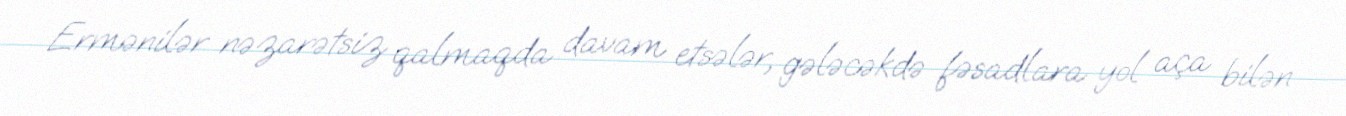
Ermənilər nəzarətsiz qalmaqda davam etsələr, gələcəkdə fəsadlara yol aça bilən